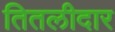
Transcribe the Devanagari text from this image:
तितलीदार